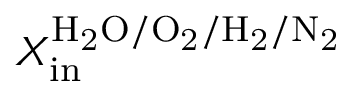
X _ { \mathrm { i n } } ^ { \mathrm { H _ { 2 } O / O _ { 2 } / H _ { 2 } / N _ { 2 } } }